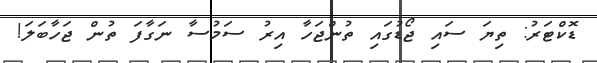
ޑޮކްޓަރު: ތިޔަ ސައި ޖޯޑުގައި ތުންޖަހާ އިރު ސަމުސާ ނަގާފަ ތުން ޖަހާބަލަ!